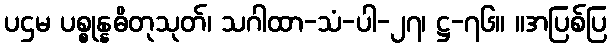
ပဌမ ပစ္စုန္နဓိတုသုတ်၊ သဂါထာ-သံ-ပါ-၂၇၊ ဋ္ဌ-၇၆။ ။အပြစ်ပြ